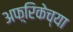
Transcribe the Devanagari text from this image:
अफ़्रिकेच्या